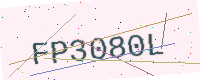
Text: FP3080L